Civil Veterinary Dept. Bombay admin report 1893-99 - 1893-1899
Year: 1893
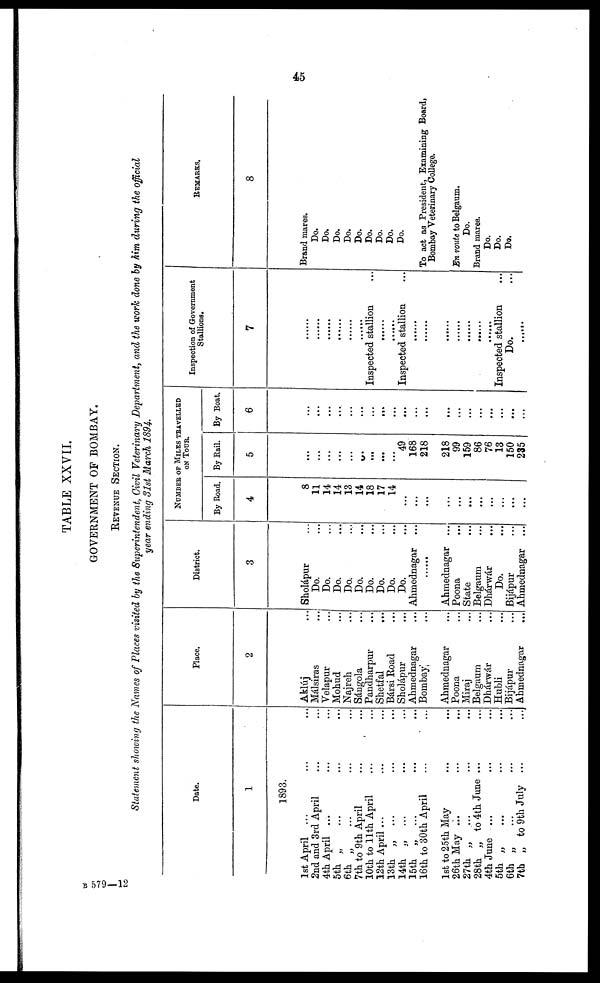
45
TABLE XXVII.
GOVERNMENT OF BOMBAY.
REVENUE SECTION.
Statement showing the Names of Places visited by the Superintendent, Civil Veterinary Department, and the work done by him during the official
year ending 31st March 1894.
Date.
1
1893.
1st April ... ... ...
2nd and 3rd April ... ...
4th April ... ... ...
5th „ ... ... ...
6th „
... ... ...
7th to 9th April ... ...
10th to 11th April ... ...
12th April ... ... ...
13th „
... ... ...
14th „ ... ... ...
15th „ ... ... ...
16th to 30th April ... ...
1st to 25th May ... ...
26th May ... ... ...
27th „ ... ... ...
28th „ to 4th June ... ...
4th June ... ... ...
5th „ ... ... ...
6th „ ... ... ...
7th „ to 9th July
...
...
Place.
2
Aklúj ...
Múlsiras ...
Velapur ...
Mohud ...
Najreh ...
Sángola ...
Pandharpur ...
Shetfal ...
Bársi Road ...
Sholápur ...
Ahmednagar ...
Bombay ...
Ahmednagar ...
Poona ...
Miraj ...
Belgaum ...
Dhárwár ...
Hubli ...
Bijápur ...
Ahmednagar ...
District.
3
Sholápur ...
Do. ...
Do. ...
Do. ...
Do. ...
Do. ...
Do. ...
Do. ...
Do. ...
Do. ...
Ahmednagar ...
......
Ahmednagar ...
Poona ...
State ...
Belgaum ...
Dhárwár ...
Do. ...
Bijápur ...
Ahmednagar ...
NUMBER OF MILES TRAVELLED
ON TOUR.
By Road.
4
8
11
14
14
13
14
18
17
14
...
...
...
...
...
...
...
...
...
...
By Rail.
5
...
...
...
...
...
...
...
...
...
49
168
218
218
99
159
86
76
13
150
235
By Boat.
6
...
...
...
...
...
...
...
...
...
...
...
...
...
...
...
...
...
...
...
Inspection of Government
Stallions.
7
......
......
......
......
......
......
Inspected stallion ...
......
......
Inspected stallion ...
......
......
......
......
......
......
......
Inspected stallion ...
Do. ...
......
REMARKS.
8
Brand mares.
Do.
Do.
Do.
Do.
Do.
Do.
Do.
Do.
Do.
To act as President, Examining Board,
Bombay Veterinary College.
En route to Belgaum.
Do.
Brand mares.
Do.
Do.
Do.
B 579—12